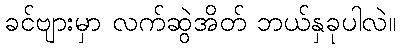
ခင်ဗျားမှာ လက်ဆွဲအိတ် ဘယ်နှခုပါလဲ။